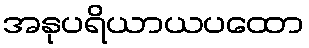
အနုပရိယာယပထော